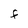
Character: F